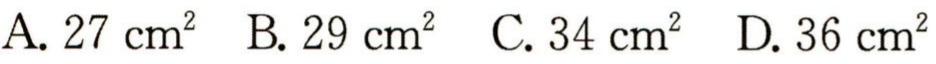
A. \(27\ cm^{2}\)  B. \(29\ cm^{2}\)  C. \(34\ cm^{2}\)  D. \(36\ cm^{2}\)